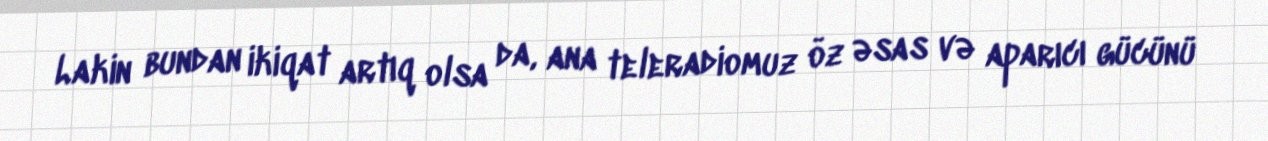
Lakin bundan ikiqat artıq olsa da, ana teleradiomuz öz əsas və aparıcı gücünü